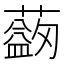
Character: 𦿯